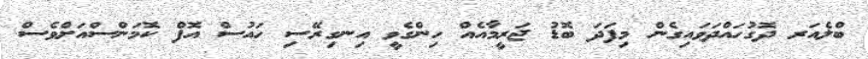
ބްލެއަރ ދޮގުހައްދަވައިގެން މިފަދަ ބޮޑު ޖަރީމާއެއް ހިންގެވީ އިނގިރޭސި ހައުސް އޮފް ކޮމަންސްއަށްވެސް